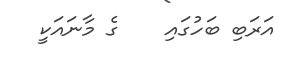
އަރަބި ބަހުގައި    ގެ މާނައަކީ